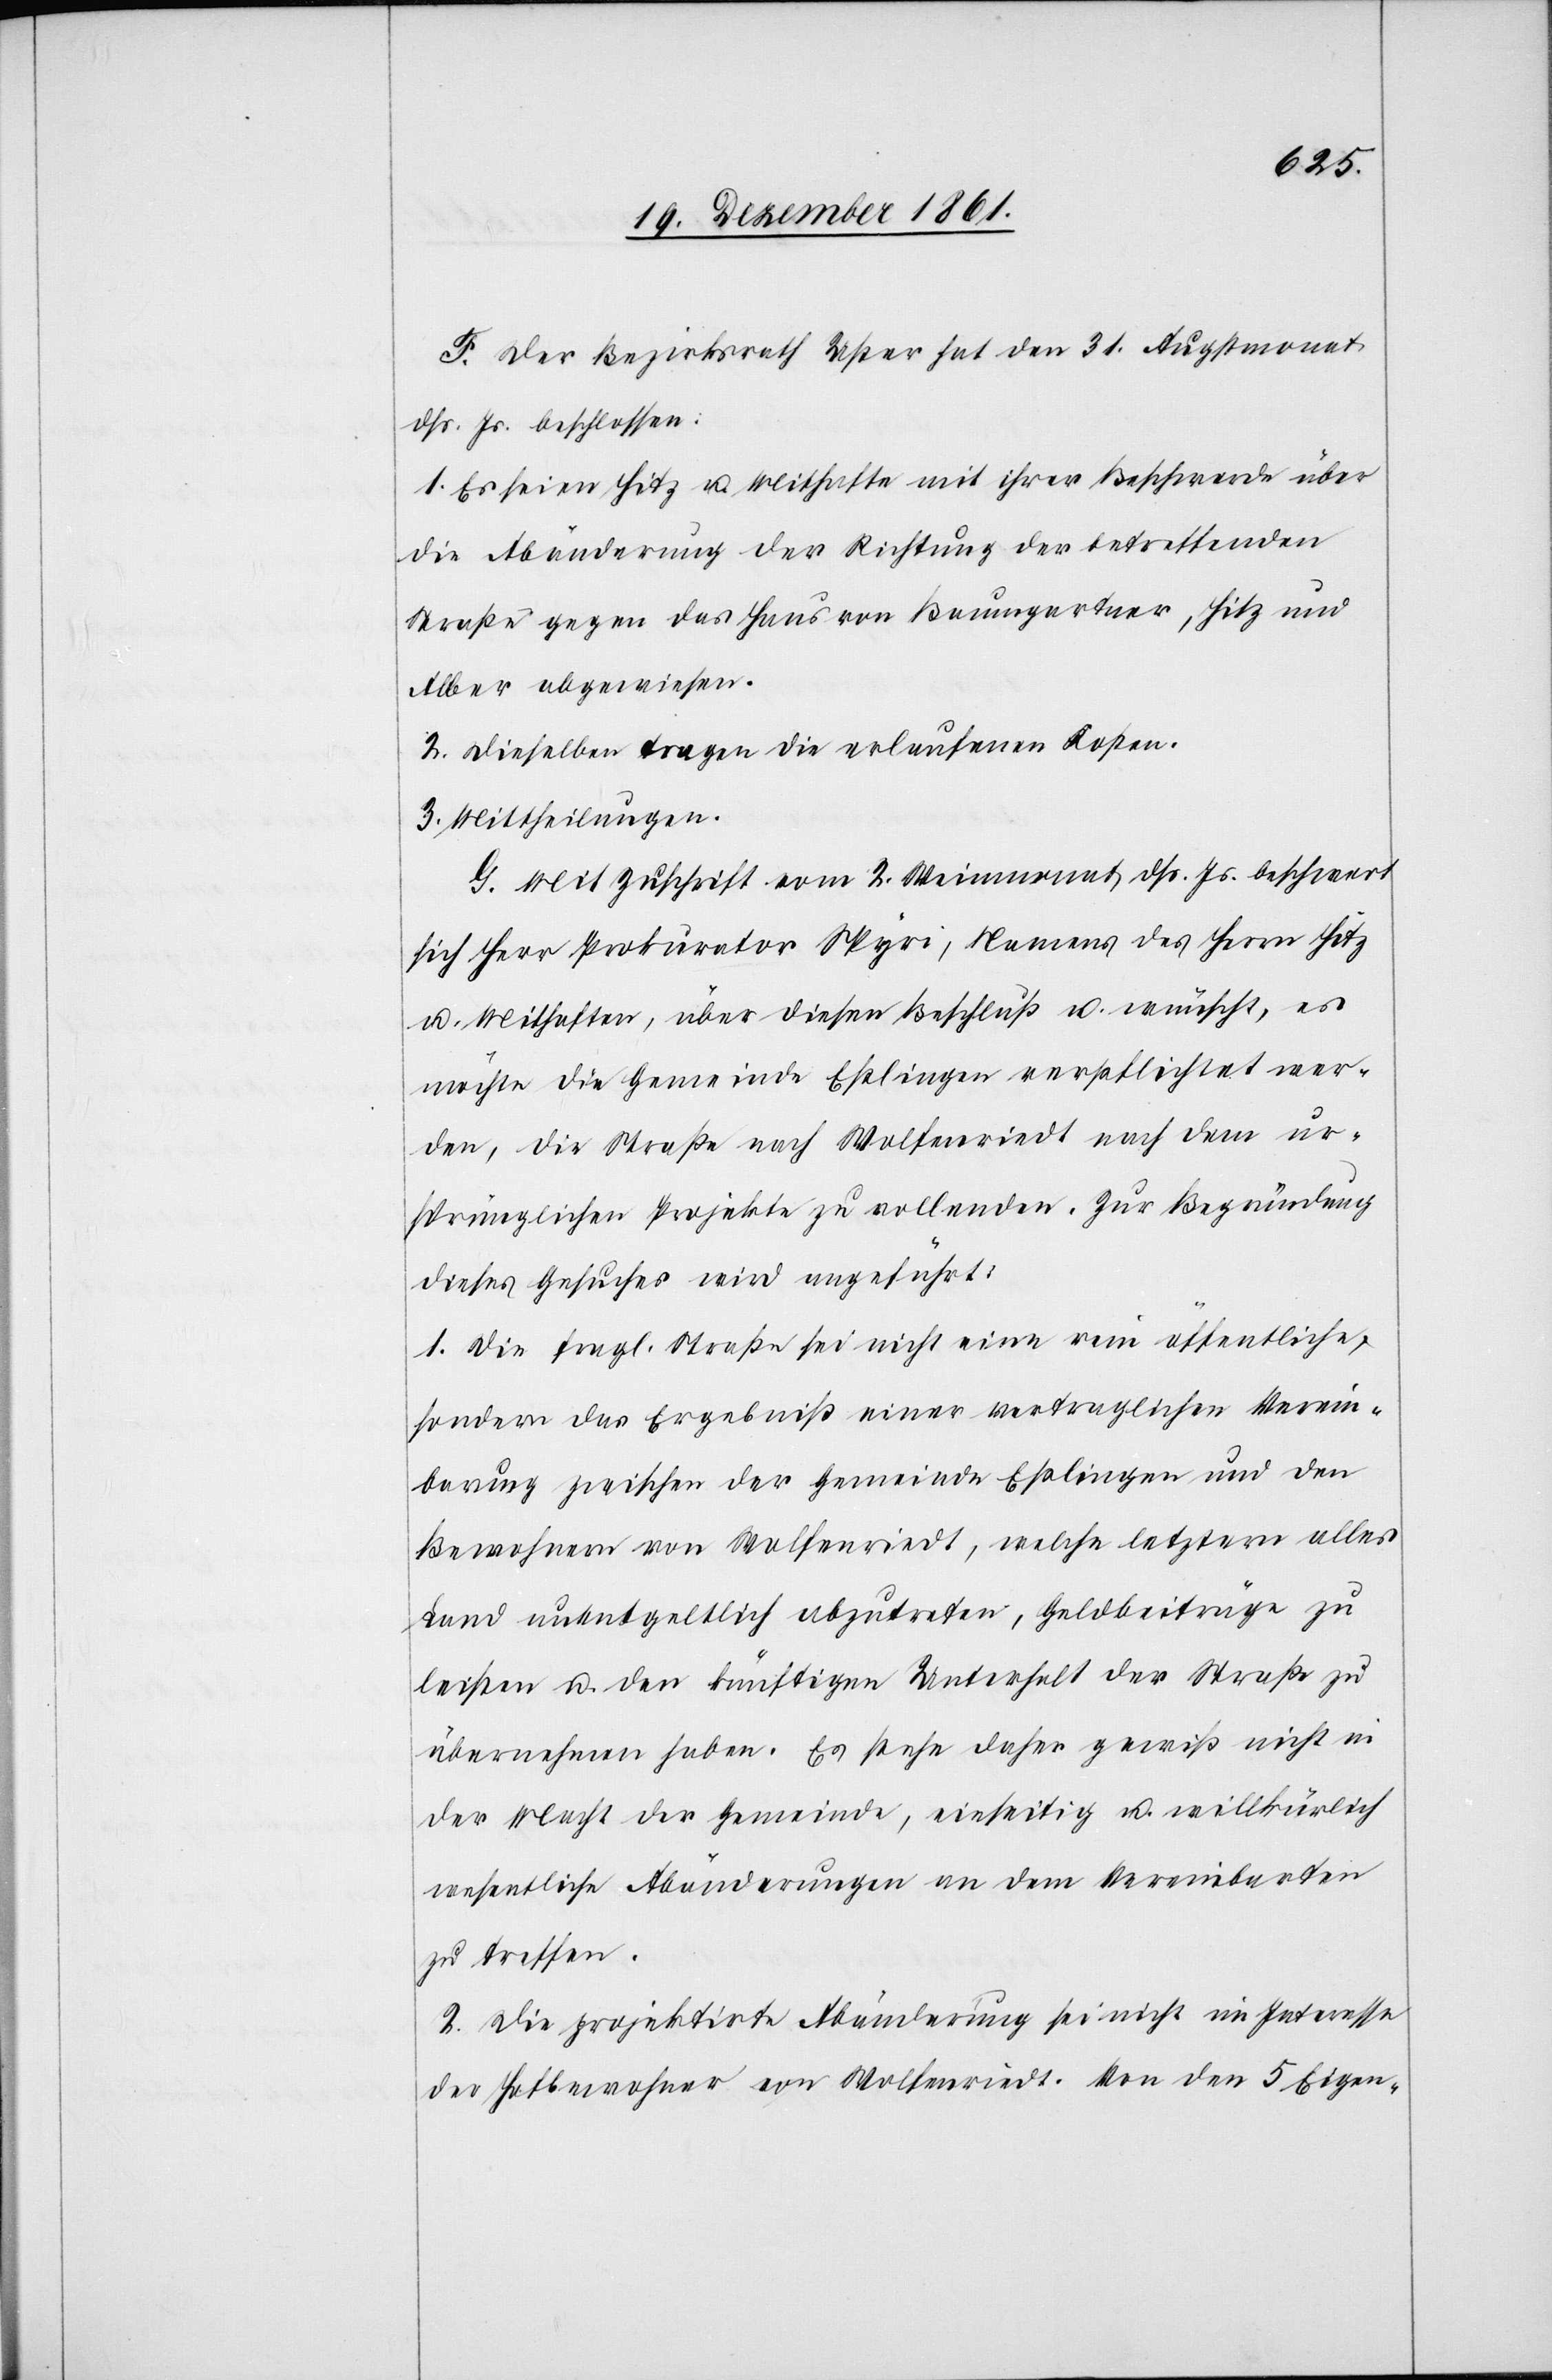
F. Der Bezirksrath Uster hat den 31 Augstmonat
dß. Js. beschlossen:
1. Es seien Hitz u. Mithafte mit ihrer Beschwerde über
die Abänderung der Richtung der betreffenden
Straße gegen das Haus von Baumgartner, Hitz und
Alber abgewiesen.
2. Dieselben tragen die erlaufenen Kosten.
3. Mittheilungen.
G. Mit Zuschrift vom 2 Weinmonat dß. Js. beschwert
sich Herr Prokurator Spyri, Namens des Herrn Hitz
u. Mithaften, über diesen Beschluß u. wünscht, es
möchte die Gemeinde Eßlingen verpflichtet wer¬
den, die Straße nach Wolfenriedt nach dem ur¬
sprünglichen Projekte zu vollenden. Zur Begründung
dieses Gesuches wird aufgeführt:
1. Die fragl. Straße sei nicht eine rein öffentliche,
sondern das Ergebniß einer vertraglichen Verein¬
barung zwischen der Gemeinde Eßlingen und den
Bewohnern von Wolfenriedt, welche letztern alles
Land unentgeldlich abzutreten, Geldbeiträge zu
leisten u. den künftigen Unterhalt der Straße zu
übernehmen haben. Es stehe daher gewiß nicht in
der Macht der Gemeinde, einseitig u. willkürlich
wesentliche Abänderungen an dem Vereinbarten
zu treffen.
2. Die projektirte Abänderung sei nicht im Interesse
der Hofbewohner von Wolfenriedt. Von den 5 Eigen-